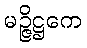
မဉ္ဇိဋ္ဌကေ